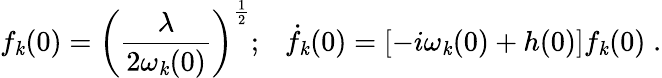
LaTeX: f_{\mathit{k}}(0)=\left(\frac{{\lambda}}{{2\omega_{\mathit{k}}(0)}}\right)^{\frac{{1}}{{2}}};{}~~~{\dot{{f}}}_{\mathit{k}}(0)=\left[-i\omega_{\mathit{k}}(0)+h(0)\right]f_{\mathit{k}}(0)\; .